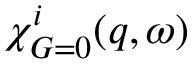
\chi _ { G = 0 } ^ { i } ( q , \omega )